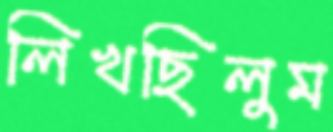
লিখছিলুম